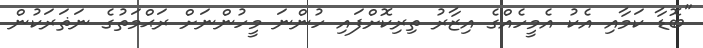
"ބޮޑާ ކަމާއި އެކު އެމީހެއްގެ އިޒާރު ތިރިކޮށްފައި ހުންނަ މީހުންނަށް ރަޙްމަތުގެ ނަޡަރަކުން